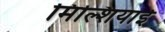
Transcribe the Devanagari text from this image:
मिल्शियाई